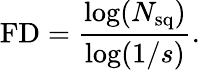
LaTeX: \mathrm{FD}=\frac{\log(N_{\mathrm{sq}})}{\log(1/s)}.